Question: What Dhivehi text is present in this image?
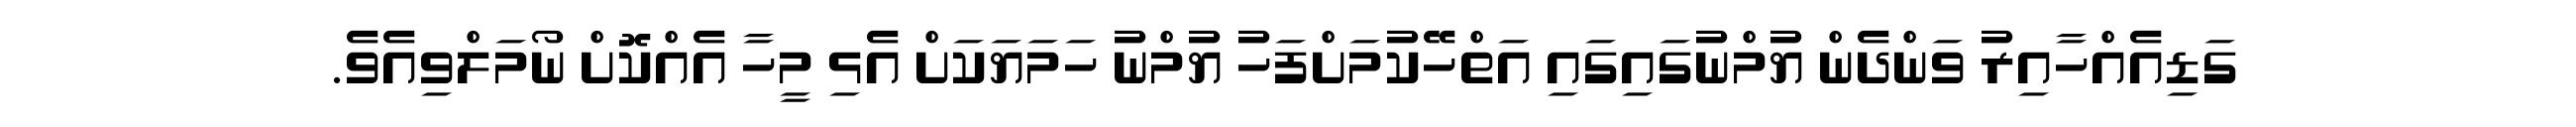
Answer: ގަޑިއެއްހާއިރު ވަންދެން ޔުމްނުގައިގައި އަތްހޭކުމަށްފަހު ޔުމްނު ހަމަޔަކަށް އެޅި މީހާ އެއްކޮށް ނޯމަލްވިއެވެ.